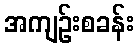
အကျဉ်းစခန်း